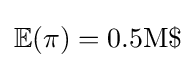
\mathbb {E} (\pi )=0.5{\text{M}}\$